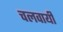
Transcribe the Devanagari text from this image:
चलवायी